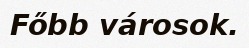
Főbb városok.